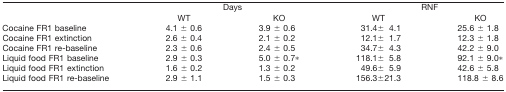
| <ROWSPAN=2>  | <COLSPAN=2> Days | <COLSPAN=2> RNF |
 | WT | KO | WT | KO |
 | --- | --- | --- | --- | --- |
 | Cocaine FR1 baseline | 4.1 ± 0.6 | 3.9 ± 0.6 | 31.4 ± 4.1 | 25.6 ± 1.8 |
 | Cocaine FR1 extinction | 2.6 ± 0.4 | 2.1 ± 0.2 | 12.1 ± 1.7 | 12.3 ± 1.8 |
 | Cocaine FR1 re-baseline | 2.3 ± 0.6 | 2.4 ± 0.5 | 34.7 ± 4.3 | 42.2 ± 9.0 |
 | Liquid food FR1 baseline | 2.9 ± 0.3 | 5.0 ± 0.7* | 118.1 ± 5.8 | 92.1 ± 9.0* |
 | Liquid food FR1 extinction | 1.6 ± 0.2 | 1.3 ± 0.2 | 49.6 ± 5.9 | 42.6 ± 5.8 |
 | Liquid food FR1 re-baseline | 2.9 ± 1.1 | 1.5 ± 0.3 | 156.3 ± 21.3 | 118.8 ± 8.6 |